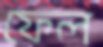
ফেল